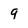
Character: 9